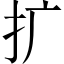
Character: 扩